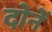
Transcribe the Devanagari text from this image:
दोनें